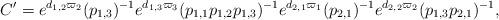
LaTeX: \begin{align*}C' = e^{d_{1,2}\varpi_2}(p_{1,3})^{-1}e^{d_{1,3} \varpi_3}(p_{1,1} p_{1,2} p_{1,3})^{-1}e^{d_{2,1} \varpi_1}(p_{2,1})^{-1} e^{d_{2,2} \varpi_2}(p_{1,3} p_{2,1})^{-1},\end{align*}